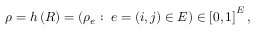
\begin{array} { r } { \rho = h \left( R \right) = \left( \rho _ { e } : \; e = \left( i , j \right) \in E \right) \in \left[ 0 , 1 \right] ^ { E } , } \end{array}